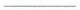
___